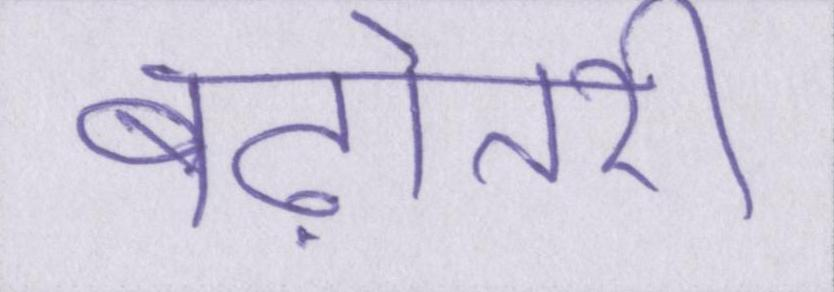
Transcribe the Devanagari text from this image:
बढ़ोतरी